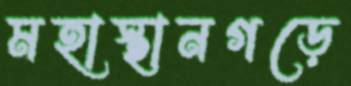
মহাস্থানগড়ে